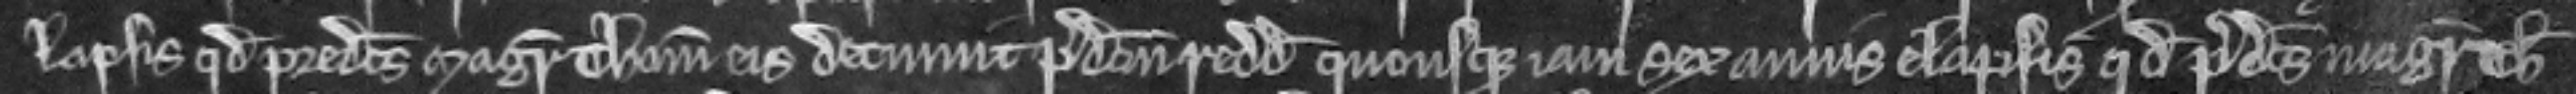
lapsis quod predictus Magister Thomas eis detinuit predictum redditum quousque iam sex annis elapsis quod predictus Magister Thomas